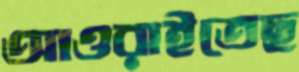
আওরাইতেছ